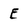
Character: e